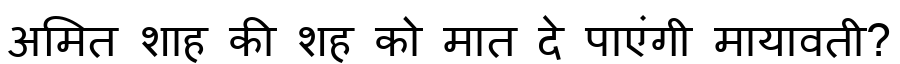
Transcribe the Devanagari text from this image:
अमित शाह की शह को मात दे पाएंगी मायावती?